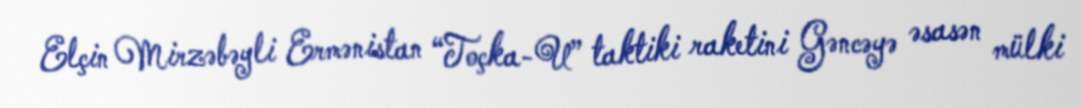
Elçin Mirzəbəyli Ermənistan “Toçka-U” taktiki raketini Gəncəyə əsasən mülki